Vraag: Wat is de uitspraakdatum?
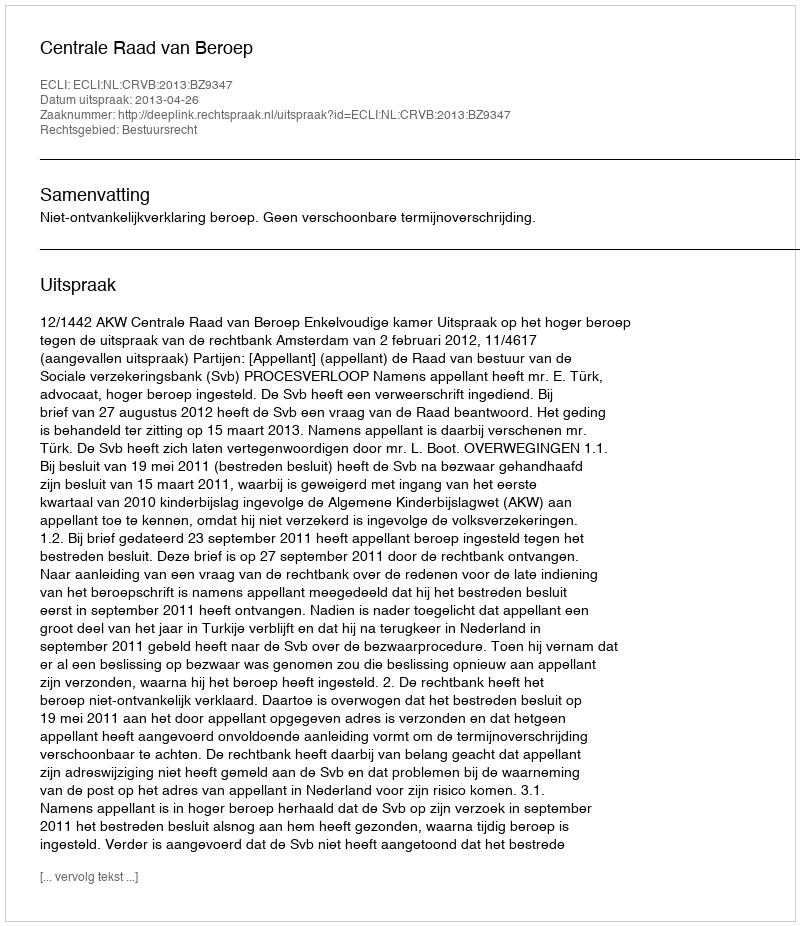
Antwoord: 2013-04-26